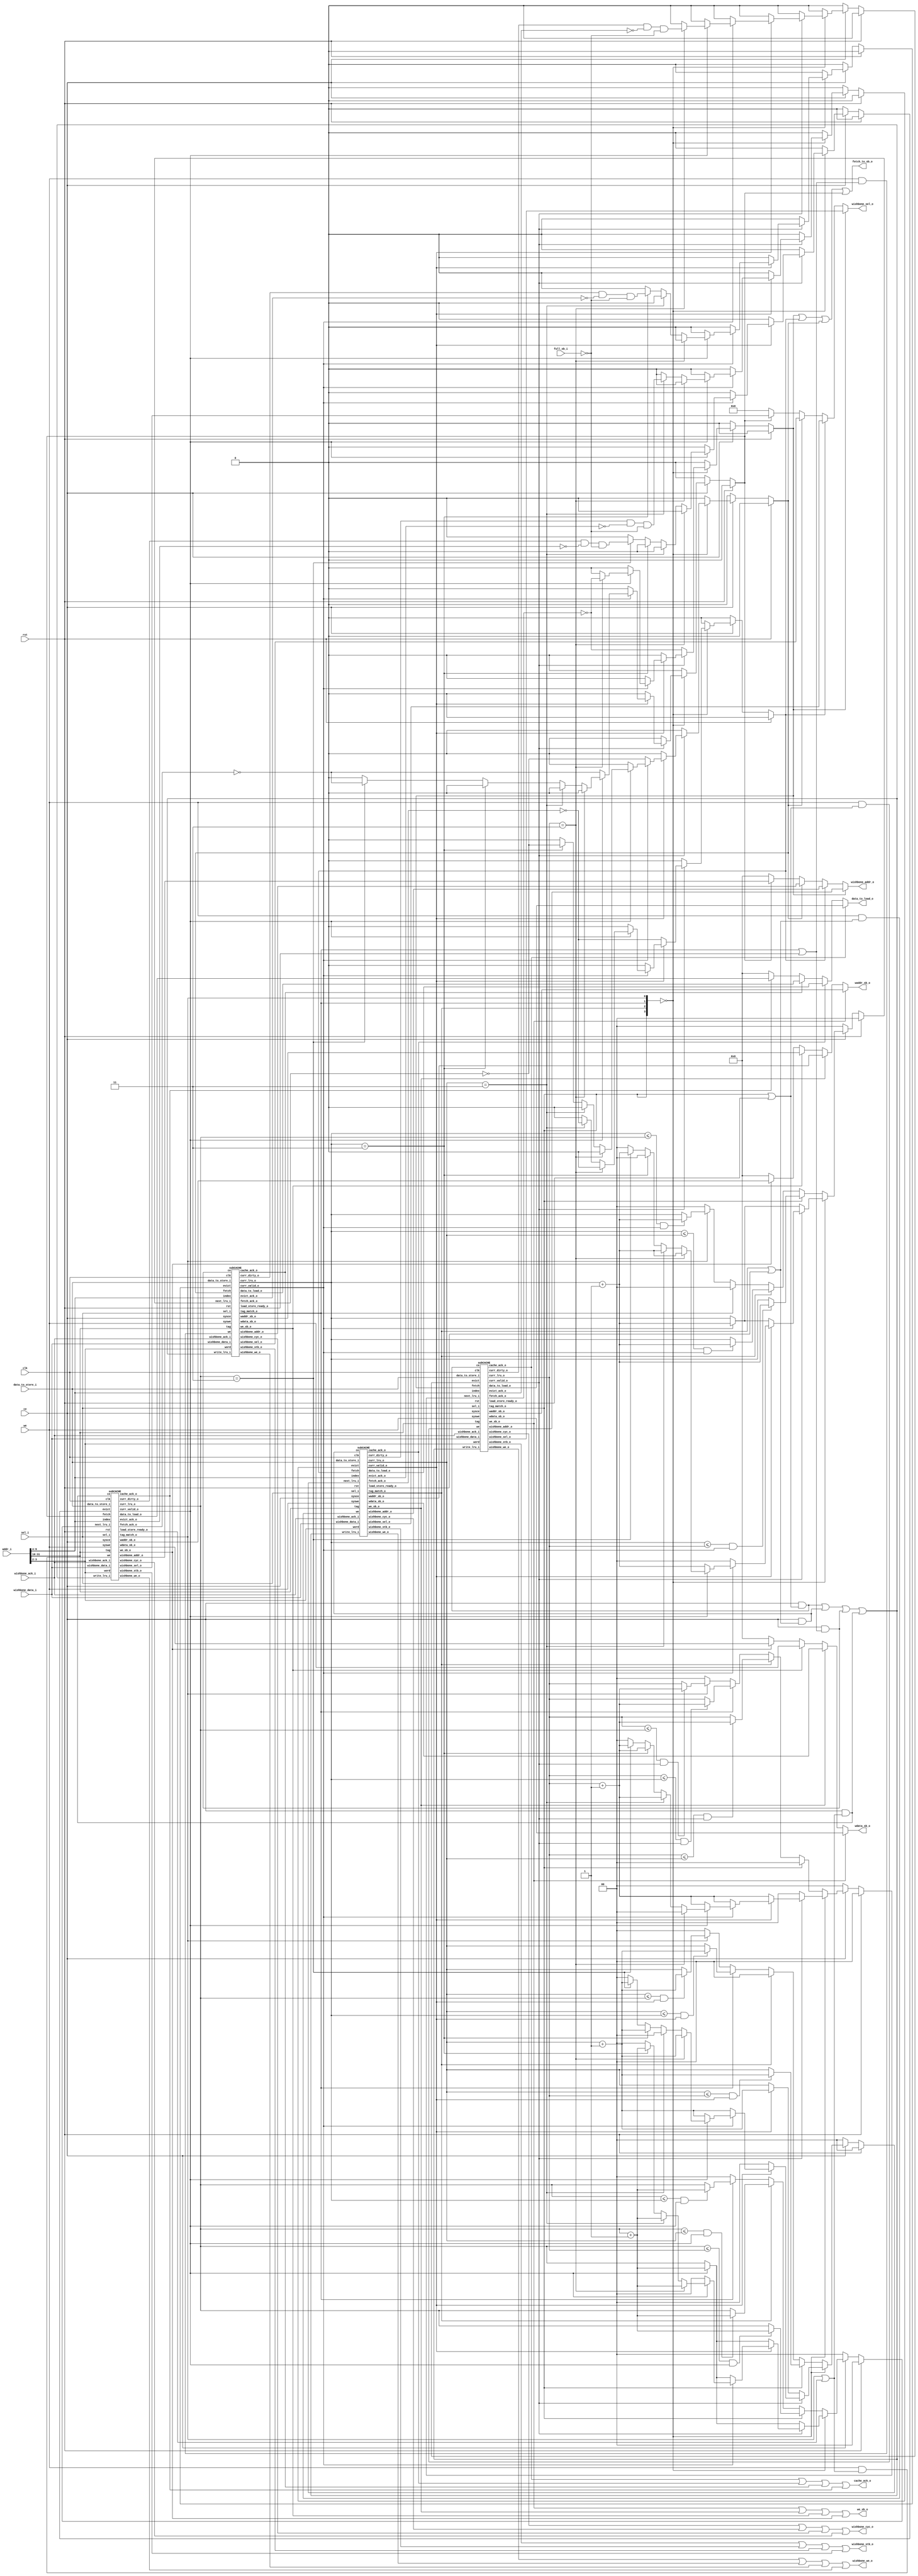
/***************************************
 ********** Andy You Property **********
 ***************************************/


/* Implement 4KB, 4-way associative Cache,
   LRU replacement policy, write-back mode */

module  CACHE  (clk,
                rst,
                ce,
                we,
                sel_i,
                addr_i,
                data_to_store_i,
                data_to_load_o,
                we_sb_o,
                wdata_sb_o,
                waddr_sb_o,
                full_sb_i,
                cache_ack_o,
                wishbone_we_o,
                wishbone_stb_o,
                wishbone_cyc_o,
                wishbone_sel_o,
                wishbone_addr_o,
                wishbone_ack_i,
                wishbone_data_i,
                fetch_to_sb_o
                );

input  clk, rst, we, ce;
input  [3:0] sel_i; //which offsets of a word
input  [31:0] addr_i, data_to_store_i;
input  full_sb_i;
input  wishbone_ack_i;
input  [31:0] wishbone_data_i;

output [31:0] data_to_load_o;
output cache_ack_o;  //(one of) the whole cache flow finish
output fetch_to_sb_o;

output we_sb_o;  //enable write to store buffer
output [31:0] wdata_sb_o; //data to be written into store buffer
output [31:0] waddr_sb_o; //addr to be written into store buffer

output wishbone_we_o, wishbone_stb_o, wishbone_cyc_o;
output [3:0]  wishbone_sel_o;
output [31:0] wishbone_addr_o;

wire   valid0_i, valid1_i, valid2_i, valid3_i;
wire   dirty0_i, dirty1_i, dirty2_i, dirty3_i;
wire   cache_ack0_i, cache_ack1_i, cache_ack2_i, cache_ack3_i;
wire   fetch_ack0_i, fetch_ack1_i, fetch_ack2_i, fetch_ack3_i;
wire   evict_ack0_i, evict_ack1_i, evict_ack2_i, evict_ack3_i;
wire   we_sb0_i, we_sb1_i, we_sb2_i, we_sb3_i;
wire   tag_match0_i, tag_match1_i, tag_match2_i, tag_match3_i;

wire   wishbone_we0_i, wishbone_we1_i, wishbone_we2_i, wishbone_we3_i;
wire   wishbone_stb0_i, wishbone_stb1_i, wishbone_stb2_i, wishbone_stb3_i;
wire   wishbone_cyc0_i, wishbone_cyc1_i, wishbone_cyc2_i, wishbone_cyc3_i;
wire   [3:0]  wishbone_sel0_i, wishbone_sel1_i, wishbone_sel2_i, wishbone_sel3_i;
wire   [31:0] wishbone_addr0_i, wishbone_addr1_i, wishbone_addr2_i, wishbone_addr3_i;

wire   [1:0] curr_lru0_i, curr_lru1_i, curr_lru2_i, curr_lru3_i;
wire   [31:0] wdata_sb0_i, wdata_sb1_i, wdata_sb2_i, wdata_sb3_i;
wire   [31:0] waddr_sb0_i, waddr_sb1_i, waddr_sb2_i, waddr_sb3_i;
wire   [31:0] data0_to_load_i, data1_to_load_i, data2_to_load_i, data3_to_load_i;
wire   load_store_ready0_i, load_store_ready1_i, load_store_ready2_i, load_store_ready3_i;

wire   [21:0]  tag;
wire   [1:0]   word;
wire   [5:0]   index;

wire write_lru;

wire ce0, ce1, ce2, ce3;
wire we0, we1, we2, we3;

reg  evict0, evict1, evict2, evict3;
reg  fetch0, fetch1, fetch2, fetch3;
reg  [1:0] next_lru0, next_lru1, next_lru2, next_lru3;

assign wishbone_we_o = wishbone_we0_i | wishbone_we1_i | wishbone_we2_i | wishbone_we3_i;
assign wishbone_stb_o = wishbone_stb0_i | wishbone_stb1_i | wishbone_stb2_i | wishbone_stb3_i;
assign wishbone_cyc_o = wishbone_cyc0_i | wishbone_cyc1_i | wishbone_cyc2_i | wishbone_cyc3_i;

assign wishbone_sel_o = (fetch0)? wishbone_sel0_i :
                        ((fetch1)? wishbone_sel1_i :
                        ((fetch2)? wishbone_sel2_i :
                        ((fetch3)? wishbone_sel3_i :
                        4'b0)));

assign wishbone_addr_o = (fetch0)? wishbone_addr0_i :
                        ((fetch1)? wishbone_addr1_i :
                        ((fetch2)? wishbone_addr2_i :
                        ((fetch3)? wishbone_addr3_i :
                        4'b0)));

assign cache_ack_o = cache_ack0_i | cache_ack1_i | cache_ack2_i | cache_ack3_i;  

assign we_sb_o = we_sb0_i | we_sb1_i | we_sb2_i | we_sb3_i;

assign wdata_sb_o = (we_sb0_i)? wdata_sb0_i : 
                    ((we_sb1_i)? wdata_sb1_i : 
                    ((we_sb2_i)? wdata_sb2_i : 
                    ((we_sb3_i)? wdata_sb3_i : 
                    32'b0)));

assign waddr_sb_o = (we_sb0_i)? waddr_sb0_i : 
                    ((we_sb1_i)? waddr_sb1_i : 
                    ((we_sb2_i)? waddr_sb2_i : 
                    ((we_sb3_i)? waddr_sb3_i : 
                    32'b0)));

assign data_to_load_o = (cache_ack0_i)? data0_to_load_i : 
                        ((cache_ack1_i)? data1_to_load_i : 
                        ((cache_ack2_i)? data2_to_load_i : 
                        ((cache_ack3_i)? data3_to_load_i :
                        32'b0)));

assign index  = addr_i[9:4];
assign tag    = addr_i[31:10];
assign word   = addr_i[3:2];

assign ce0 = ce & (tag_match0_i | load_store_ready0_i);
assign ce1 = ce & (tag_match1_i | load_store_ready1_i);
assign ce2 = ce & (tag_match2_i | load_store_ready2_i);
assign ce3 = ce & (tag_match3_i | load_store_ready3_i);

assign we0 = we & (tag_match0_i | load_store_ready0_i);
assign we1 = we & (tag_match1_i | load_store_ready1_i);
assign we2 = we & (tag_match2_i | load_store_ready2_i);
assign we3 = we & (tag_match3_i | load_store_ready3_i);

assign write_lru = ce0 | ce1 | ce2 | ce3;

assign fetch_to_sb_o = fetch0 | fetch1 | fetch2 | fetch3;

always @(*) begin
    if (rst) begin
        fetch0 = 1'b0;
        fetch1 = 1'b0;
        fetch2 = 1'b0;
        fetch3 = 1'b0;
        evict0 = 1'b0;
        evict1 = 1'b0;
        evict2 = 1'b0;
        evict3 = 1'b0;
        next_lru0 = 2'b0;
        next_lru1 = 2'b0;
        next_lru2 = 2'b0;
        next_lru3 = 2'b0;
    end
    else if (ce) begin
        fetch0 = 1'b0;
        fetch1 = 1'b0;
        fetch2 = 1'b0;
        fetch3 = 1'b0;
        evict0 = 1'b0;
        evict1 = 1'b0;
        evict2 = 1'b0;
        evict3 = 1'b0;
        next_lru0 = 2'b00;
        next_lru1 = 2'b00;
        next_lru2 = 2'b00;
        next_lru3 = 2'b00;
        if ({tag_match0_i, tag_match1_i, tag_match2_i, tag_match3_i} == 4'b0000) begin //No match found in 4 ways
            if (!valid0_i) begin //Block 0 is available, only fetch one
                next_lru0 = 2'b00;
                next_lru1 = (valid1_i)? (curr_lru1_i + 1'b1) : curr_lru1_i;
                next_lru2 = (valid2_i)? (curr_lru2_i + 1'b1) : curr_lru2_i;
                next_lru3 = (valid3_i)? (curr_lru3_i + 1'b1) : curr_lru3_i;
                fetch0 = !fetch_ack0_i;
            end
            else if (!valid1_i) begin //Block 1 is available, only fetch one
                next_lru1 = 2'b00;
                next_lru0 = (valid0_i)? (curr_lru0_i + 1'b1) : curr_lru0_i;
                next_lru2 = (valid2_i)? (curr_lru2_i + 1'b1) : curr_lru2_i;
                next_lru3 = (valid3_i)? (curr_lru3_i + 1'b1) : curr_lru3_i;
                fetch1 = !fetch_ack1_i;
            end
            else if (!valid2_i) begin //Block 2 is available, only fetch one
                next_lru2 = 2'b00;
                next_lru0 = (valid0_i)? (curr_lru0_i + 1'b1) : curr_lru0_i;
                next_lru1 = (valid1_i)? (curr_lru1_i + 1'b1) : curr_lru1_i;
                next_lru3 = (valid3_i)? (curr_lru3_i + 1'b1) : curr_lru3_i;
                fetch2 = !fetch_ack2_i;
            end
            else if (!valid3_i) begin //Block 3 is available, only fetch one
                next_lru3 = 2'b00;
                next_lru0 = (valid0_i)? (curr_lru0_i + 1'b1) : curr_lru0_i;
                next_lru1 = (valid1_i)? (curr_lru1_i + 1'b1) : curr_lru1_i;
                next_lru2 = (valid2_i)? (curr_lru2_i + 1'b1) : curr_lru2_i;
                fetch3 = !fetch_ack3_i;
            end
            else begin //No cache block is available, need to evict one and fetch one
                if (curr_lru0_i == 2'b11) begin
                        evict0 = dirty0_i & !evict_ack0_i & !full_sb_i;
                        fetch0 = !fetch_ack0_i;
                        next_lru0 = 2'b00;
                        next_lru1 = curr_lru1_i + 1'b1;
                        next_lru2 = curr_lru2_i + 1'b1;
                        next_lru3 = curr_lru3_i + 1'b1;
                end
                else if (curr_lru1_i == 2'b11) begin
                        evict1 = dirty1_i & !evict_ack1_i & !full_sb_i;
                        fetch1 = !fetch_ack1_i;
                        next_lru1 = 2'b00;
                        next_lru0 = curr_lru0_i + 1'b1;
                        next_lru2 = curr_lru2_i + 1'b1;
                        next_lru3 = curr_lru3_i + 1'b1;
                end
                else if (curr_lru2_i == 2'b11) begin
                        evict2 = dirty2_i & !evict_ack2_i & !full_sb_i;
                        fetch2 = !fetch_ack2_i;
                        next_lru2 = 2'b00;
                        next_lru0 = curr_lru0_i + 1'b1;
                        next_lru1 = curr_lru1_i + 1'b1;
                        next_lru3 = curr_lru3_i + 1'b1;
                end
                else if (curr_lru3_i == 2'b11) begin
                        evict3 = dirty3_i & !evict_ack3_i & !full_sb_i;
                        fetch3 = !fetch_ack3_i;
                        next_lru3 = 2'b00;
                        next_lru0 = curr_lru0_i + 1'b1;
                        next_lru1 = curr_lru1_i + 1'b1;
                        next_lru2 = curr_lru2_i + 1'b1;
                end
            end
        end
        else begin  //One of the block match, only change the LRU number
            if (tag_match0_i) begin
                next_lru0 = 2'b00;
                next_lru1 = (curr_lru1_i <= curr_lru0_i & valid1_i)? (curr_lru1_i + 1'b1) : curr_lru1_i;
                next_lru2 = (curr_lru2_i <= curr_lru0_i & valid2_i)? (curr_lru2_i + 1'b1) : curr_lru2_i;
                next_lru3 = (curr_lru3_i <= curr_lru0_i & valid3_i)? (curr_lru3_i + 1'b1) : curr_lru3_i;
            end
            else if (tag_match1_i) begin
                next_lru1 = 2'b00;
                next_lru0 = (curr_lru0_i <= curr_lru1_i & valid0_i)? (curr_lru0_i + 1'b1) : curr_lru0_i;
                next_lru2 = (curr_lru2_i <= curr_lru1_i & valid2_i)? (curr_lru2_i + 1'b1) : curr_lru2_i;
                next_lru3 = (curr_lru3_i <= curr_lru1_i & valid3_i)? (curr_lru3_i + 1'b1) : curr_lru3_i;
            end
            else if (tag_match2_i) begin
                next_lru2 = 2'b00;
                next_lru0 = (curr_lru0_i <= curr_lru2_i & valid0_i)? (curr_lru0_i + 1'b1) : curr_lru0_i;
                next_lru1 = (curr_lru1_i <= curr_lru2_i & valid1_i)? (curr_lru1_i + 1'b1) : curr_lru1_i;
                next_lru3 = (curr_lru3_i <= curr_lru2_i & valid3_i)? (curr_lru3_i + 1'b1) : curr_lru3_i;
            end
            else if (tag_match3_i) begin
                next_lru3 = 2'b00;
                next_lru0 = (curr_lru0_i <= curr_lru3_i & valid0_i)? (curr_lru0_i + 1'b1) : curr_lru0_i;
                next_lru1 = (curr_lru1_i <= curr_lru3_i & valid1_i)? (curr_lru1_i + 1'b1) : curr_lru1_i;
                next_lru2 = (curr_lru2_i <= curr_lru3_i & valid2_i)? (curr_lru2_i + 1'b1) : curr_lru2_i;
            end
        end
    end
    else begin
        fetch0 = 1'b0;
        fetch1 = 1'b0;
        fetch2 = 1'b0;
        fetch3 = 1'b0;
        evict0 = 1'b0;
        evict1 = 1'b0;
        evict2 = 1'b0;
        evict3 = 1'b0;
        next_lru0 = 2'b0;
        next_lru1 = 2'b0;
        next_lru2 = 2'b0;
        next_lru3 = 2'b0;
    end
end

// Initiate 4-way
// Pass in ce, we, tag, index, fetch, evict, next_lru 
subCACHE  way0 (clk,
                rst,
                ce,
                we,
                ce0,
                we0,
                fetch0,
                evict0,
                index,
                tag,
                word,
                sel_i,
                data_to_store_i,
                next_lru0,
                cache_ack0_i,
                evict_ack0_i,
                fetch_ack0_i,
                tag_match0_i,
                valid0_i,
                dirty0_i,
                curr_lru0_i,
                data0_to_load_i,
                we_sb0_i,
                wdata_sb0_i,
                waddr_sb0_i,
                wishbone_ack_i,
                wishbone_data_i,
                wishbone_we0_i,
                wishbone_stb0_i,
                wishbone_cyc0_i,
                wishbone_sel0_i,
                wishbone_addr0_i,
                load_store_ready0_i,
                write_lru
                );

subCACHE  way1 (clk,
                rst,
                ce,
                we,
                ce1,
                we1,
                fetch1,
                evict1,
                index,
                tag,
                word,
                sel_i,
                data_to_store_i,
                next_lru1,
                cache_ack1_i,
                evict_ack1_i,
                fetch_ack1_i,
                tag_match1_i,
                valid1_i,
                dirty1_i,
                curr_lru1_i,
                data1_to_load_i,
                we_sb1_i,
                wdata_sb1_i,
                waddr_sb1_i,
                wishbone_ack_i,
                wishbone_data_i,
                wishbone_we1_i,
                wishbone_stb1_i,
                wishbone_cyc1_i,
                wishbone_sel1_i,
                wishbone_addr1_i,
                load_store_ready1_i,
                write_lru
                );

subCACHE  way2 (clk,
                rst,
                ce,
                we,
                ce2,
                we2,
                fetch2,
                evict2,
                index,
                tag,
                word,
                sel_i,
                data_to_store_i,
                next_lru2,
                cache_ack2_i,
                evict_ack2_i,
                fetch_ack2_i,
                tag_match2_i,
                valid2_i,
                dirty2_i,
                curr_lru2_i,
                data2_to_load_i,
                we_sb2_i,
                wdata_sb2_i,
                waddr_sb2_i,
                wishbone_ack_i,
                wishbone_data_i,
                wishbone_we2_i,
                wishbone_stb2_i,
                wishbone_cyc2_i,
                wishbone_sel2_i,
                wishbone_addr2_i,
                load_store_ready2_i,
                write_lru
                );

subCACHE  way3 (clk,
                rst,
                ce,
                we,
                ce3,
                we3,
                fetch3,
                evict3,
                index,
                tag,
                word,
                sel_i,
                data_to_store_i,
                next_lru3,
                cache_ack3_i,
                evict_ack3_i,
                fetch_ack3_i,
                tag_match3_i,
                valid3_i,
                dirty3_i,
                curr_lru3_i,
                data3_to_load_i,
                we_sb3_i,
                wdata_sb3_i,
                waddr_sb3_i,
                wishbone_ack_i,
                wishbone_data_i,
                wishbone_we3_i,
                wishbone_stb3_i,
                wishbone_cyc3_i,
                wishbone_sel3_i,
                wishbone_addr3_i,
                load_store_ready3_i,
                write_lru
                );

endmodule



// sub Cache, means a way

module subCACHE(clk,
                rst,
                sysce,
                syswe,
                ce,
                we,
                fetch,
                evict,
                index,
                tag,
                word,
                sel_i,
                data_to_store_i,
                next_lru_i,
                cache_ack_o,
                evict_ack_o,
                fetch_ack_o,
                tag_match_o,
                curr_valid_o,
                curr_dirty_o,
                curr_lru_o,
                data_to_load_o,
                we_sb_o,
                wdata_sb_o,
                waddr_sb_o,
                wishbone_ack_i,
                wishbone_data_i,
                wishbone_we_o,
                wishbone_stb_o,
                wishbone_cyc_o,
                wishbone_sel_o,
                wishbone_addr_o,
                load_store_ready_o,
                write_lru_i
                );

input  clk, rst, sysce, syswe, ce, we;
input  fetch, evict;
input  [31:0] data_to_store_i;
input  [21:0] tag;
input  [1:0]  word;
input  [5:0]  index;
input  [3:0]  sel_i;
input  [1:0]  next_lru_i;
input  write_lru_i;
input  wishbone_ack_i;
input  [31:0] wishbone_data_i;

output reg cache_ack_o;
output reg evict_ack_o;
output reg fetch_ack_o;

output tag_match_o;
output curr_valid_o, curr_dirty_o;
output [1:0] curr_lru_o;
output reg [31:0] data_to_load_o;
output reg load_store_ready_o;

output reg we_sb_o;
output reg [31:0] wdata_sb_o;
output reg [31:0] waddr_sb_o;

output reg wishbone_we_o;
output reg wishbone_stb_o;
output reg wishbone_cyc_o;
output reg [3:0] wishbone_sel_o;
output reg [31:0] wishbone_addr_o;


// Cache tag
/*******************************
| [25:4] | [3] |  [2]  | [1:0] |
|  tag   |  V  | Dirty |  LRU  |
*******************************/
reg [25:0] tags [0:63];

// Cache ram
reg [31:0] ram [0:255];

assign curr_valid_o = tags[index][3];
assign curr_dirty_o = tags[index][2];
assign curr_lru_o = tags[index][1:0];
assign tag_match_o = (tags[index][25:4] == tag && tags[index][3] == 1'b1)? 1'b1 : 1'b0;

// Evict a Cache line
reg [2:0] EVICT_STATE;
always @(posedge clk) begin
    if (rst) begin
        EVICT_STATE <= 3'b000;
        we_sb_o <= 1'b0;
        wdata_sb_o <= 32'b0;
        waddr_sb_o <= 32'b0;
        evict_ack_o <= 1'b0;
    end
    else begin
        if (sysce) begin
            if (evict) begin
                we_sb_o <= 1'b1;
                case (EVICT_STATE)
                    3'b000 : begin
                        wdata_sb_o <= ram[{index, 2'b00}];
                        waddr_sb_o <= {tags[index][25:4], index, 4'b0000};
                        EVICT_STATE <= 3'b001;
                    end
                    3'b001 : begin
                        wdata_sb_o <= ram[{index, 2'b01}];
                        waddr_sb_o <= {tags[index][25:4], index, 4'b0100};
                        EVICT_STATE <= 3'b010;
                    end
                    3'b010 : begin
                        wdata_sb_o <= ram[{index, 2'b10}];
                        waddr_sb_o <= {tags[index][25:4], index, 4'b1000};
                        EVICT_STATE <= 3'b011;
                    end
                    3'b011 : begin
                        wdata_sb_o <= ram[{index, 2'b11}];
                        waddr_sb_o <= {tags[index][25:4], index, 4'b1100};
                        EVICT_STATE <= 3'b100;
                        evict_ack_o <= 1'b1;
                    end
                    3'b100 : begin
                        if (ce) begin
                            EVICT_STATE <= 3'b000;
                            evict_ack_o <= 1'b0;
                        end
                    end
                endcase
            end
	    else begin
		we_sb_o <= 1'b0;
		if (ce) begin
		    EVICT_STATE <= 3'b000;
		    evict_ack_o <= 1'b0;
		end
	    end
        end
        else begin
            we_sb_o <= 1'b0;
            wdata_sb_o <= 32'b0;
            waddr_sb_o <= 32'b0;
            evict_ack_o <= 1'b0;
        end
    end
end


integer i;
reg [3:0] FETCH_STATE;

always @(posedge clk) begin

    if (rst) begin

        //BEGIN: Initiate tags when reset
        for (i=0; i<64; i=i+1) begin
            tags[i][3:0] <= 4'b0;
        end
        //END: Initiate tags when reset

        //BEGIN: Initiate fetch state        
        FETCH_STATE <= 4'b0000;
        //fetch_ack_o <= 1'b0;
        //END: Initiate fetch state

        //BEGIN: Initiate load data and cache finish state
        data_to_load_o <= 32'b0;
        cache_ack_o <= 1'b0;
        //END: Initiate load data and cache finish state
        
    end

    else begin

        if (sysce) begin

            //BEGIN: Cache Load/Store when Hit
            if (ce) begin
                cache_ack_o <= 1'b1;
                //fetch_ack_o <= 1'b0;
                FETCH_STATE <= 4'b0000;
                if (we) begin
                    ram[{index, word}][7:0]   <= (sel_i[0])? data_to_store_i[7:0] : ram[{index, word}][7:0];
                    ram[{index, word}][15:8]  <= (sel_i[1])? data_to_store_i[15:8] : ram[{index, word}][15:8];
                    ram[{index, word}][23:16] <= (sel_i[2])? data_to_store_i[23:16] : ram[{index, word}][23:16];
                    ram[{index, word}][31:24] <= (sel_i[3])? data_to_store_i[31:24] : ram[{index, word}][31:24];
                end
                else begin
                    data_to_load_o[7:0]   <= (sel_i[0])? ram[{index, word}][7:0] : 8'b0;
                    data_to_load_o[15:8]  <= (sel_i[1])? ram[{index, word}][15:8] : 8'b0;
                    data_to_load_o[23:16] <= (sel_i[2])? ram[{index, word}][23:16] : 8'b0;
                    data_to_load_o[31:24] <= (sel_i[3])? ram[{index, word}][31:24] : 8'b0;
                end
                //Update tag, valid, dirty
                tags[index][3:2] <= syswe? 2'b11 : 2'b10;
                tags[index][25:4] <= tag;
            end
            //END: Cache Load/Store when Hit
            
            //BEGIN: Update LRU
            if (write_lru_i)
                tags[index][1:0] <= next_lru_i;
            //END: Update LRU
            
            else begin

                cache_ack_o <= 1'b0; //ack is 0 if ce is 0

                //BEGIN: Fetch data from RAM to Cache
                if (fetch) begin
                    case (FETCH_STATE)
                        4'b0000 : begin
                            FETCH_STATE <= 4'b0001;
                        end
                        4'b0001 : begin
                            if (wishbone_ack_i) begin
                                FETCH_STATE <= 4'b0010;
                                ram[{index, 2'b00}] <= wishbone_data_i;
                            end
                        end
                        4'b0010 : begin
                            FETCH_STATE <= 4'b0011;
                        end
                        4'b0011 : begin
                            if (wishbone_ack_i) begin
                                FETCH_STATE <= 4'b0100;
                                ram[{index, 2'b01}] <= wishbone_data_i;
                            end
                        end
                        4'b0100 : begin
                            FETCH_STATE <= 4'b0101;
                        end
                        4'b0101 : begin
                            if (wishbone_ack_i) begin
                                FETCH_STATE <= 4'b0110;
                                ram[{index, 2'b10}] <= wishbone_data_i;
                            end
                        end
                        4'b0110 : begin
                            FETCH_STATE <= 4'b0111;
                        end
                        4'b0111 : begin
                            if (wishbone_ack_i) begin
                                FETCH_STATE <= 4'b1000;
                                //fetch_ack_o <= 1'b1;
                                //tags[index][3:2] <= syswe? 2'b11 : 2'b10;
                                //tags[index][25:4] <= tag;
                                ram[{index, 2'b11}] <= wishbone_data_i;
                            end
                        end
                    endcase
                end
                //END: Fetch data from RAM to Cache

            end
        end

        //When sysce goes down, ack goes down
        else begin
            cache_ack_o <= 1'b0;
        end

    end
end

always @(*) begin
    if (rst) begin
        wishbone_we_o = 1'b0;
        wishbone_stb_o = 1'b0;
        wishbone_cyc_o = 1'b0;
        wishbone_addr_o = 32'b0;
        wishbone_sel_o = 4'b0;
        fetch_ack_o = 1'b0;
        load_store_ready_o = 1'b0;
    end
    else begin
        wishbone_we_o = 1'b0;
        wishbone_stb_o = 1'b0;
        wishbone_cyc_o = 1'b0;
        wishbone_addr_o = 32'b0;
        wishbone_sel_o = 4'b0;
        fetch_ack_o = 1'b0;
        load_store_ready_o = 1'b0;
        case (FETCH_STATE)
            4'b0000 : begin
                if (fetch) begin
                    wishbone_stb_o = 1'b1;
                    wishbone_cyc_o = 1'b1;
                    wishbone_addr_o = {tag, index, 2'b00, 2'b00};
                    wishbone_sel_o = 4'b1111;
                end
            end
            4'b0001 : begin
                if (wishbone_ack_i) begin
                    wishbone_stb_o = 1'b0;
                    wishbone_cyc_o = 1'b0;
                end
                else begin
                    wishbone_stb_o = 1'b1;
                    wishbone_cyc_o = 1'b1;
		    wishbone_sel_o = 4'b1111;
		    wishbone_addr_o = {tag, index, 2'b00, 2'b00};
                end
            end
            4'b0010 : begin
                if (fetch) begin
                    wishbone_stb_o = 1'b1;
                    wishbone_cyc_o = 1'b1;
                    wishbone_addr_o = {tag, index, 2'b01, 2'b00};
                    wishbone_sel_o = 4'b1111;
                end
            end
            4'b0011 : begin
                if (wishbone_ack_i) begin
                    wishbone_stb_o = 1'b0;
                    wishbone_cyc_o = 1'b0;
                end
                else begin
                    wishbone_stb_o = 1'b1;
                    wishbone_cyc_o = 1'b1;
		    wishbone_sel_o = 4'b1111;
		    wishbone_addr_o = {tag, index, 2'b01, 2'b00};
                end
            end
            4'b0100 : begin
                if (fetch) begin
                    wishbone_stb_o = 1'b1;
                    wishbone_cyc_o = 1'b1;
                    wishbone_addr_o = {tag, index, 2'b10, 2'b00};
                    wishbone_sel_o = 4'b1111;
                end
            end
            4'b0101 : begin
                if (wishbone_ack_i) begin
                    wishbone_stb_o = 1'b0;
                    wishbone_cyc_o = 1'b0;
                end
                else begin
                    wishbone_stb_o = 1'b1;
                    wishbone_cyc_o = 1'b1;
		    wishbone_sel_o = 4'b1111;
		    wishbone_addr_o = {tag, index, 2'b10, 2'b00};
                end
            end
            4'b0110 : begin
                if (fetch) begin
                    wishbone_stb_o = 1'b1;
                    wishbone_cyc_o = 1'b1;
                    wishbone_addr_o = {tag, index, 2'b11, 2'b00};
                    wishbone_sel_o = 4'b1111;
                end
            end
            4'b0111 : begin
                if (wishbone_ack_i) begin
                    wishbone_stb_o = 1'b0;
                    wishbone_cyc_o = 1'b0;
                end
                else begin
                    wishbone_stb_o = 1'b1;
                    wishbone_cyc_o = 1'b1;
		    wishbone_sel_o = 4'b1111;
		    wishbone_addr_o = {tag, index, 2'b11, 2'b00};
                end
            end
            4'b1000 : begin
                wishbone_stb_o = 1'b0;
                wishbone_cyc_o = 1'b0;
                fetch_ack_o = 1'b1;
                load_store_ready_o = 1'b1;
            end
        endcase
    end
end

endmodule